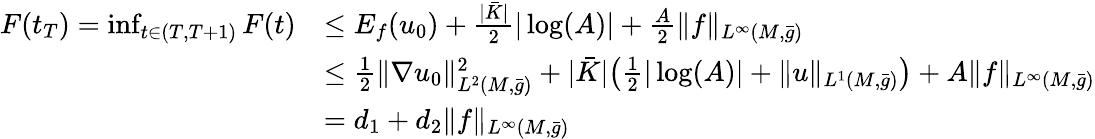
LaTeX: \begin{array}{rl}{F(t_{T})=\operatorname*{inf}_{t\in(T,T+1)}F(t)}&{\le E_{f}(u_{0})+\frac{|\bar{K}|}{2}|\log(A)|+\frac{A}{2}\| f\| _{L^{\infty}(M,\bar{g})}}\\ &{\le\frac 12\| \nabla u_{0}\| _{L^{2}(M,\bar{g})}^{2}+|\bar{K}|\bigl(\frac{1}{2}|\log(A)|+\| u\| _{L^{1}(M,\bar{g})}\bigr)+A\| f\| _{L^{\infty}(M,\bar{g})}}\\ &{=d_{1}+d_{2}\| f\| _{L^{\infty}(M,\bar{g})}}\end{array}